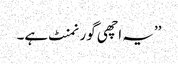
’’یہ اچھی گورنمنٹ ہے۔